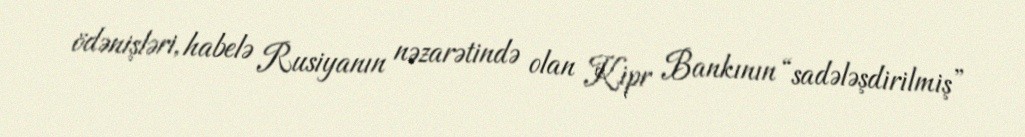
ödənişləri, habelə Rusiyanın nəzarətində olan Kipr Bankının “sadələşdirilmiş”